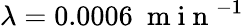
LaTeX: \lambda=0.0006\ \mathrm{~m~i~n~}^{-1}